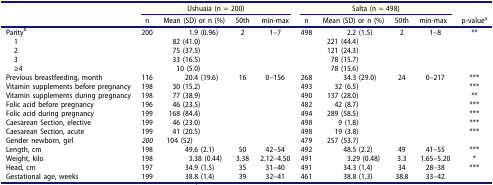
<table><thead><tr><td><b> </b></td><td colspan="4"><b>Ushuaia (n = 200)</b></td><td colspan="4"><b>Salta (n = 498)</b></td><td rowspan="2"><b>p-value<sup>a</sup></b></td></tr><tr><td><b> </b></td><td><b>n</b></td><td><b>Mean (SD) or n (%)</b></td><td><b>50th</b></td><td><b>min-max</b></td><td><b>n</b></td><td><b>Mean (SD) or n (%)</b></td><td><b>50th</b></td><td><b>min-max</b></td></tr></thead><tbody><tr><td>Parity<sup>b</sup></td><td>200</td><td>1.9 (0.96)</td><td>2</td><td>1–7</td><td>498</td><td>2.2 (1.5)</td><td>2</td><td>1–8</td><td>**</td></tr><tr><td> 1</td><td> </td><td>82 (41.0)</td><td> </td><td> </td><td> </td><td>221 (44.4)</td><td> </td><td> </td><td> </td></tr><tr><td> 2</td><td> </td><td>75 (37.5)</td><td> </td><td> </td><td> </td><td>121 (24.3)</td><td> </td><td> </td><td> </td></tr><tr><td> 3</td><td> </td><td>33 (16.5)</td><td> </td><td> </td><td> </td><td>78 (15.7)</td><td> </td><td> </td><td> </td></tr><tr><td> ≥4</td><td> </td><td>10 (5.0)</td><td> </td><td> </td><td> </td><td>78 (15.6)</td><td> </td><td> </td><td> </td></tr><tr><td>Previous breastfeeding, month</td><td>116</td><td>20.4 (19.6)</td><td>16</td><td>0–156</td><td>268</td><td>34.3 (29.0)</td><td>24</td><td>0–217</td><td>***</td></tr><tr><td>Vitamin supplements before pregnancy</td><td>198</td><td>30 (15.2)</td><td> </td><td> </td><td>493</td><td>32 (6.5)</td><td> </td><td> </td><td>***</td></tr><tr><td>Vitamin supplements during pregnancy</td><td>198</td><td>77 (38.9)</td><td> </td><td> </td><td>490</td><td>137 (28.0)</td><td> </td><td> </td><td>**</td></tr><tr><td>Folic acid before pregnancy</td><td>196</td><td>46 (23.5)</td><td> </td><td> </td><td>482</td><td>42 (8.7)</td><td> </td><td> </td><td>***</td></tr><tr><td>Folic acid during pregnancy</td><td>199</td><td>168 (84.4)</td><td> </td><td> </td><td>494</td><td>289 (58.5)</td><td> </td><td> </td><td>***</td></tr><tr><td>Caesarean Section, elective</td><td>199</td><td>46 (23.0)</td><td> </td><td> </td><td>498</td><td>9 (1.8)</td><td> </td><td> </td><td>***</td></tr><tr><td>Caesarean Section, acute</td><td>199</td><td>41 (20.5)</td><td> </td><td> </td><td>498</td><td>19 (3.8)</td><td> </td><td> </td><td>***</td></tr><tr><td>Gender newborn, girl</td><td><i>200</i></td><td>104 (52)</td><td> </td><td> </td><td>479</td><td>257 (53.7)</td><td> </td><td> </td><td> </td></tr><tr><td>Length, cm</td><td>198</td><td>49.6 (2.1)</td><td>50</td><td>42–54</td><td>492</td><td>48.5 (2.2)</td><td>49</td><td>41–55</td><td>***</td></tr><tr><td>Weight, kilo</td><td>198</td><td>3.38 (0.44)</td><td>3.38</td><td>2.12–4.50</td><td>491</td><td>3.29 (0.48)</td><td>3.3</td><td>1.65–5.20</td><td>*</td></tr><tr><td>Head, cm</td><td>197</td><td>34.9 (1.5)</td><td>35</td><td>31–40</td><td>491</td><td>34.3 (1.4)</td><td>34</td><td>28–38</td><td>***</td></tr><tr><td>Gestational age, weeks</td><td>199</td><td>38.8 (1.4)</td><td>39</td><td>32–41</td><td>461</td><td>38.8 (1.3)</td><td>38.8</td><td>33–42</td><td> </td></tr></tbody></table>